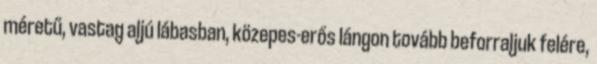
méretű, vastag aljú lábasban, közepes-erős lángon tovább beforraljuk felére,